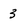
Character: 3